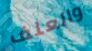
والعنف